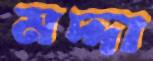
মদ্দা